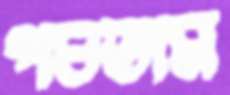
পচতাম